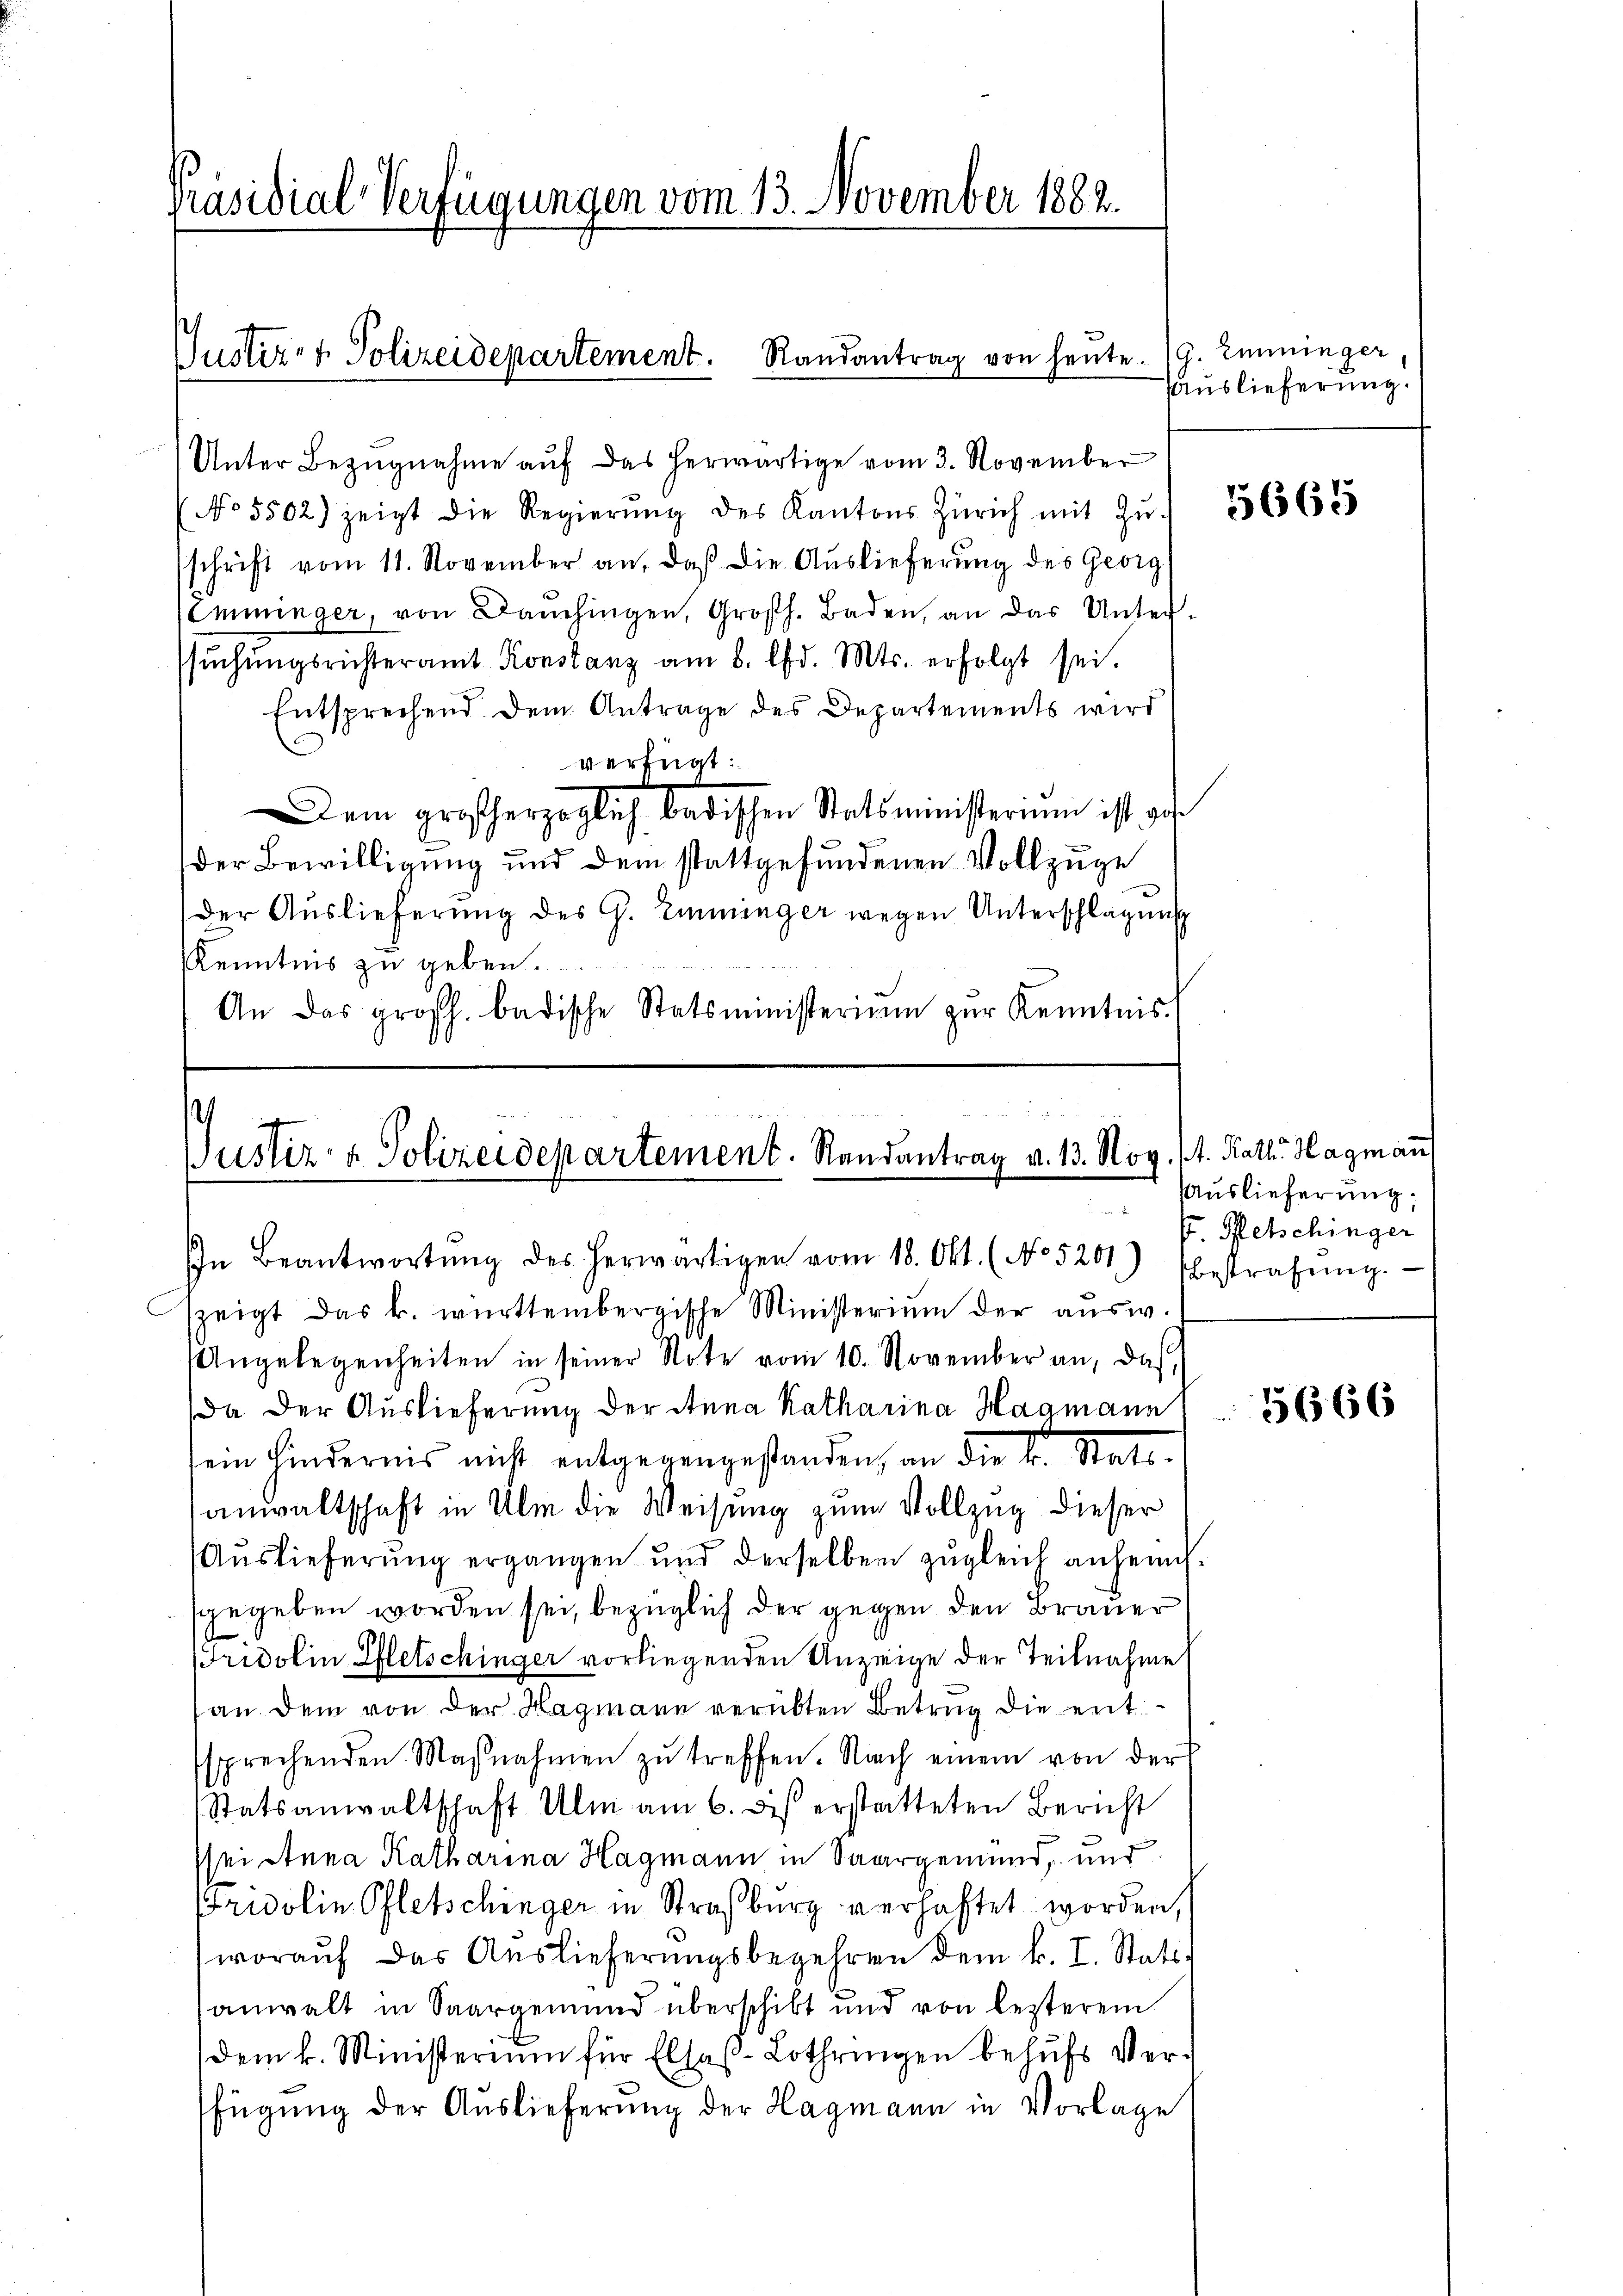
Präsidial-Verfügungen vom 13. November 1882

Justiz- & Polizeidepartement. Randantrag von heute.

Unter Bezŭgnahme aŭf das herwärtige vom 3. November
No 5502) zeigt die Regierŭng des Kantons Zürich mit Zŭ. 663
schrift vom 11. November an, daß die Auslieferung des Georg
Emminger, von Bauchingen, Großh. Baden, an das Unter-
sŭchŭngsrichteramt Konstanz am 8. d. Mts. erfolgt sei.
Entsprechend dem Antrage des Departements wird
verfügt:
Dem großherzoglich badischen Statsministerium ist ges
der Bewilligung und dem stattgefundenen Vollzuge
der Auslieferung des G. Eininger wegen Unterschlagung
Kenntnis zu geben.
An das großh. badische Statsministerium zur Kenntnis.

Justiz- & Polizeidepartement. Randantrag v. 13. Nov. 11. Kath. Hagmann

In Beantwortŭng des herwärtigen vom 18. Okt. (No 5251) bestrafŭng.

szeigt das k. württembergische Ministerium der aŭsw.
Angelegenheiten in seiner Note vom 10. November an, das
Da der Auslieferung der Anna Katharina Hagmann
sein Hindernis nicht entgegengestanden, an die k. Stattanwaltschaft in Ulm die Weisung zum Vollzug dieser
Auslieferung ergangen und derselben zugleich anheisgegeben worden sei, bezüglich der gegen den Brauer
Fridolin Pfletschinger vorliegenden Anzeige der Teilnahme
an dem von der Hagmann verübten Betrug die entssprechenden Maβnahmen zŭ treffen. Nach einem von der
Statsanwaltschaft Ulm am 6. des erstatteten Bericht
sei Anna Katharina Hagmann in Saargemend, und
Fridolin Pfletschinger in Straßburg verhaftet worden,
woraŭf das Auslieferŭngsbegehren dem k. I. Stati-
anwalt in Saargemund überschikt und von lezterem
dem k. Ministerium für Elsas-Lothringen behŭfs Verfügung der Auslieferung der Hagmann in Vorlage

G. Emminger
Auslieferung.

Auslieferung:
s Petschinger

5666